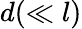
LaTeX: d(\ll l)